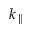
k _ { \parallel }